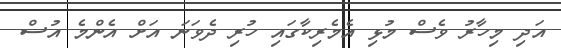
އަދި މިހާރު ވެސް މުޅި އެމެރިކާގައި ހުރި ދެވަނަ އަށް އެންމެ އުސް